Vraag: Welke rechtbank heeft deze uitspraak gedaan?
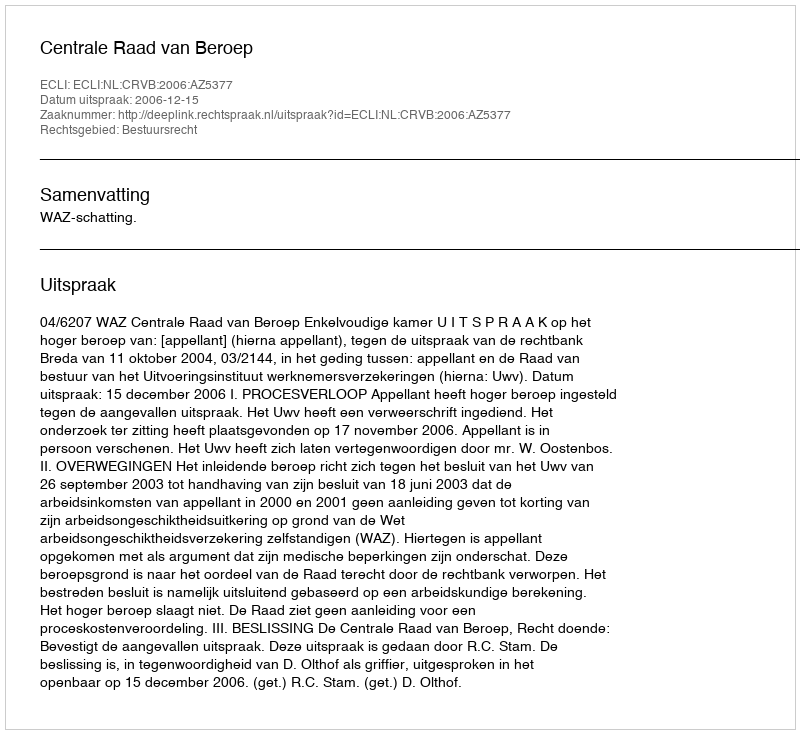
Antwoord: Centrale Raad van Beroep